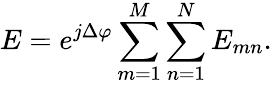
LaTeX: E=e^{j\Delta\varphi}\sum_{m=1}^{M}\sum_{n=1}^{N}E_{mn}.